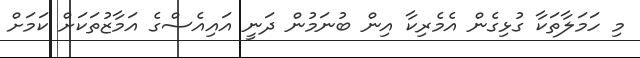
މި ހަމަލާތަކާ ގުޅިގެން އެމެރިކާ އިން ބުނަމުން ދަނީ އައިއެސްގެ އަމާޒުތަކަށް ކަމަށް